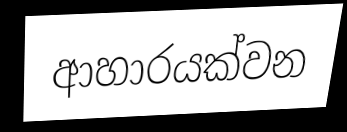
ආහාරයක්වන